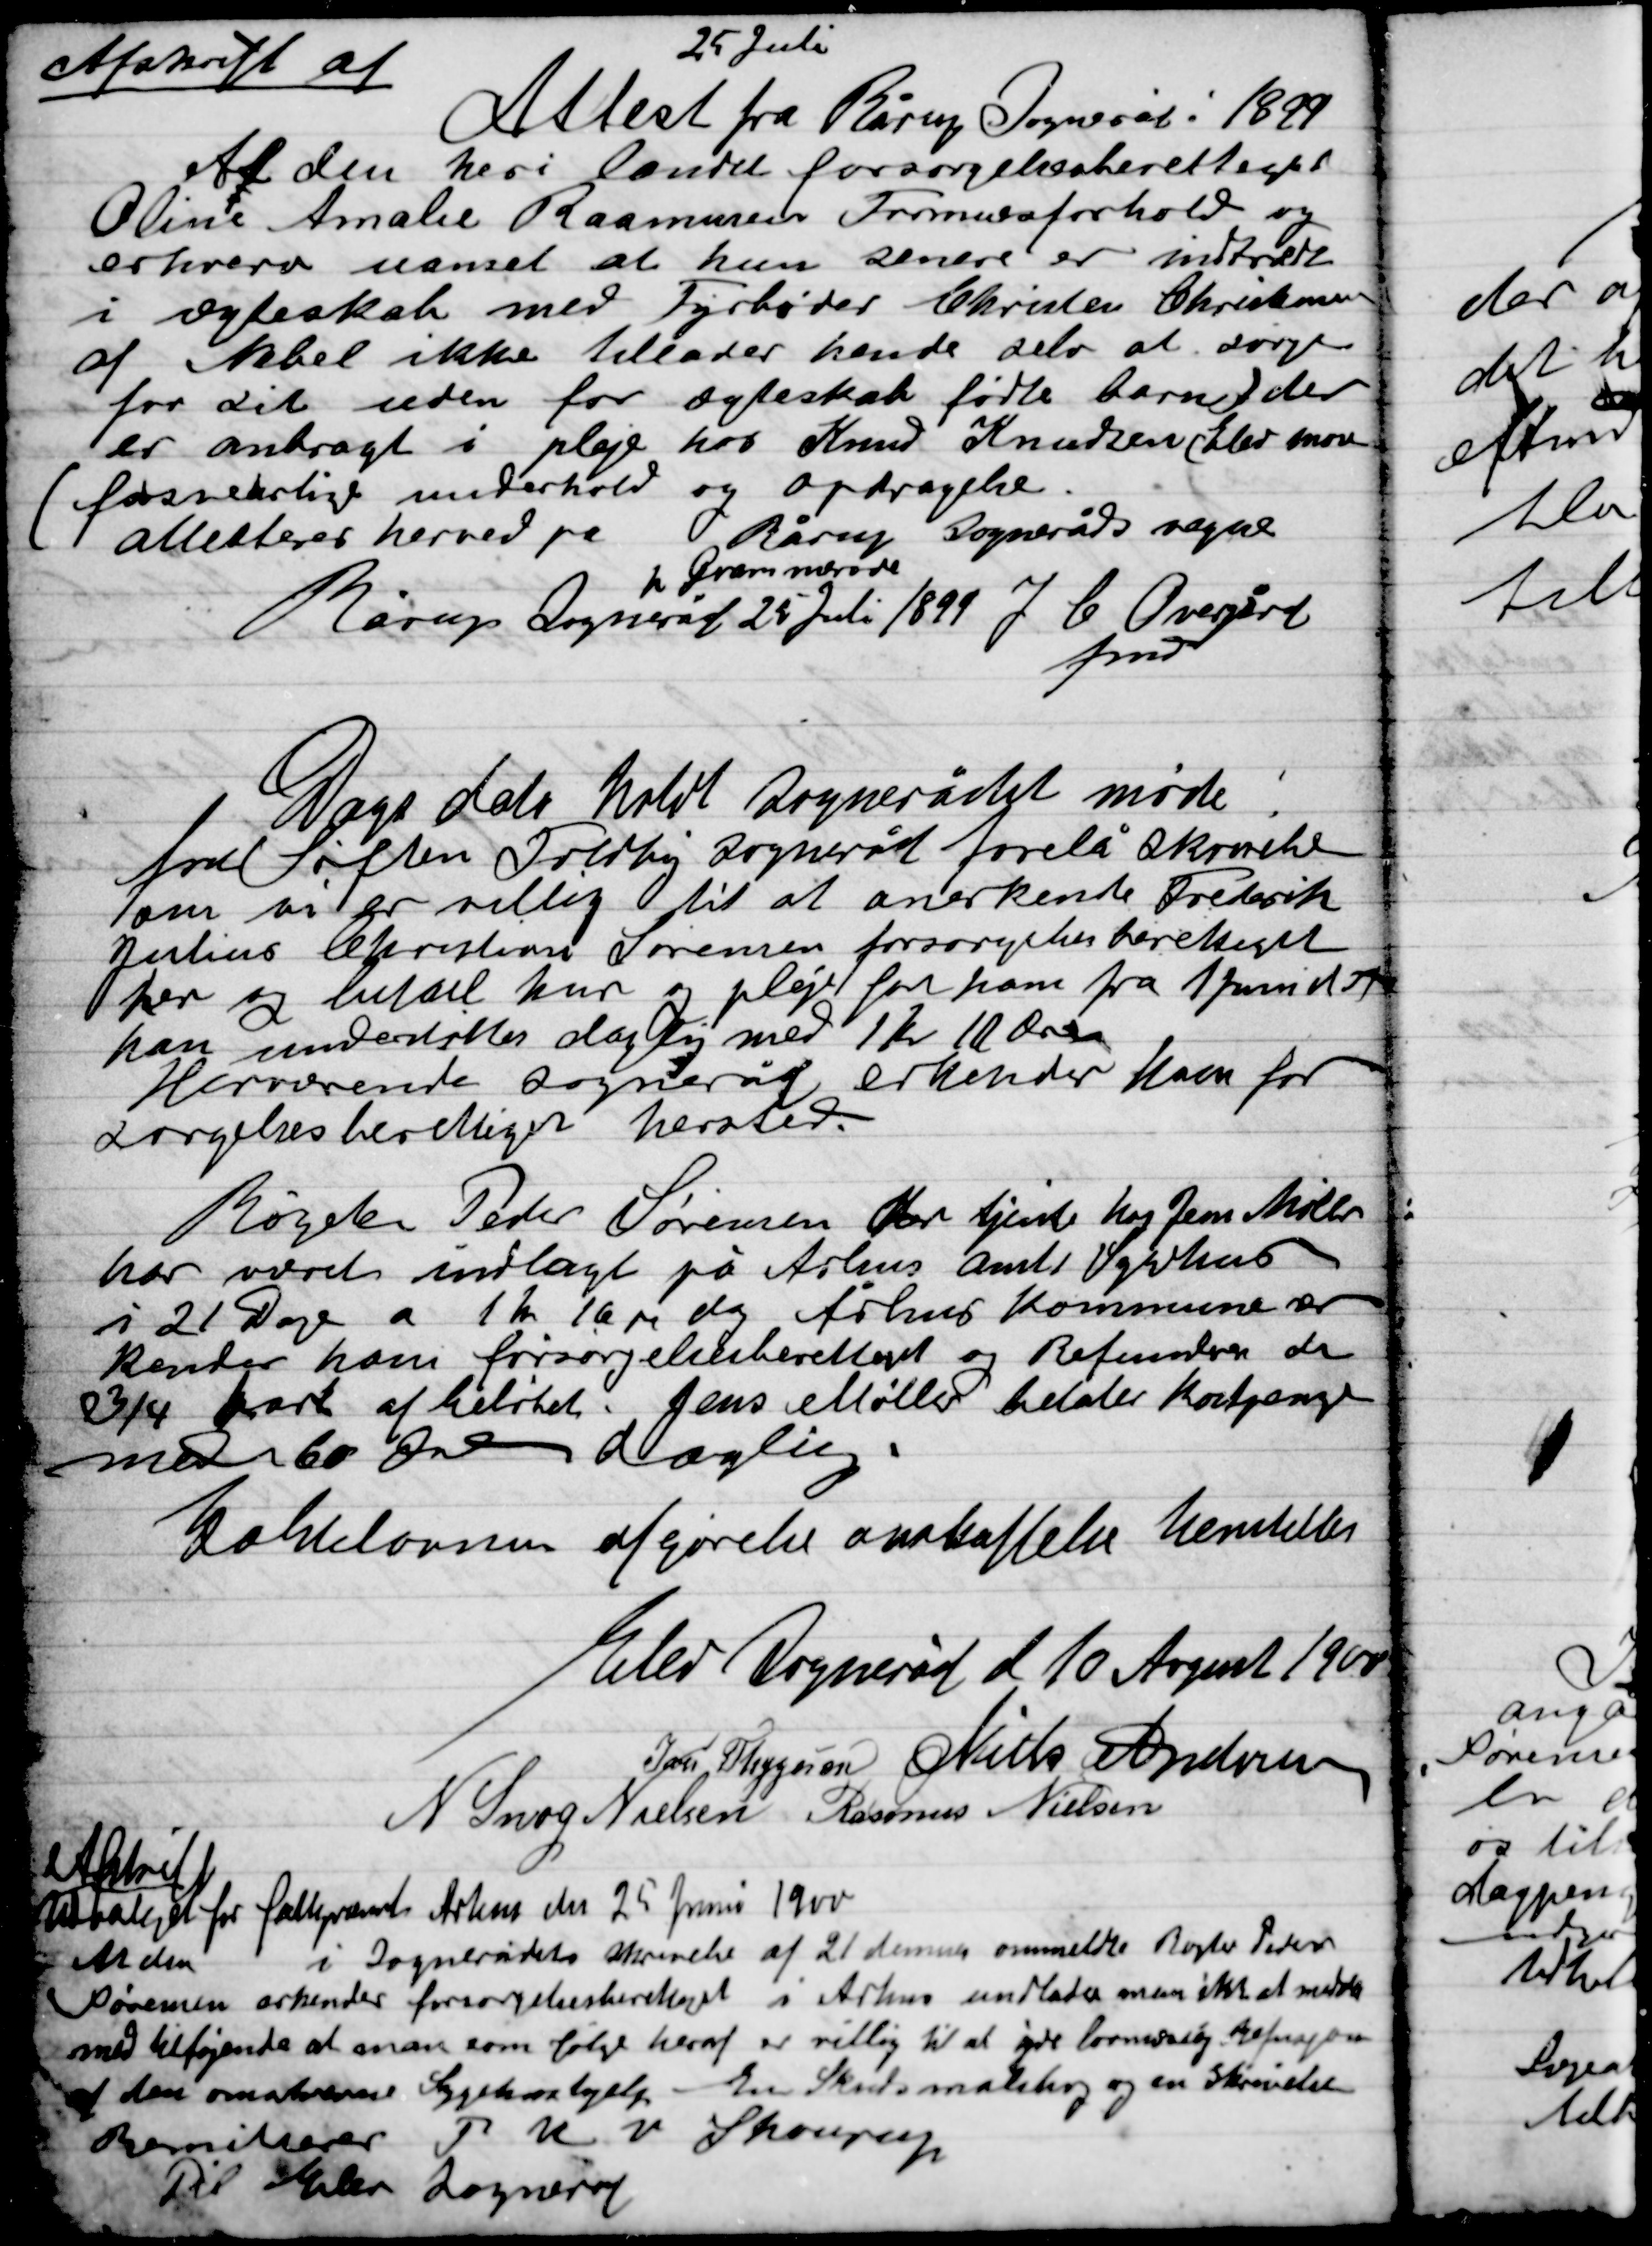
Transskription:
Afskrift af
25 Juli
Attest fra Rårup Sogneråd 1899
af den heri landet forsørgelsesberettiget
Oline Amalie Rasmussens Formueforhold og
erhverv uanset at hun senere er indtrådt
i ægteskab med Fyrbøder Christen Christensen
af Nebel ikke tillader hende selv at sørge
for sit uden for ægteskab fødte barn der
er anbragt i pleje hos Knud Knudsen Elev mere
(forskellige underhold og opdragelse.
Attesteres herved pr Rårup Sogneråds vegne
H Grønnerod
Rårup Sogneråd 25 Juli 1899 J. C. Overgård
Fmd

Dags dato holdt Sognerådet møde
for Søften Fodby Sogneråd forelå skrivelse
om vi er villig til at anerkende Frederik
Julius Christian Sørensen forsørgelsesberettiget
her og betale kur og pleje for ham fra 1 April d. A.
han understøttes daglig med 1 Kr. 10 Øre
Herværende Sogneråd erkender ham for-
sørgelsesberettiget herved.

Røgter Peder Sørensen der tjente hos Jens Møller
har været indlagt på Århus Amts Lægehus
i 21 Dage af 1 Kr. 10 øre pr, dag Århus Kommune er-
kender ham forsørgelsesberettiget og Refunderer de
¾ part af beløbet. Jens Møller betaler kostpenge
med 60 Øre daglig.
Kakkelovenen afgørelse anskaffelse kendelse

Elev sogneråd d 10 August 1900

Ivar Thygesen
Niels Nielsen
N. Snog Nielsen
Rasmus Nielsen

Afskrift
Udbetalt for fattiggården Århus den 25 Juni 1900
At den i Sognerådets skrivelse af 21 dennes ommeldte Røgter Peder
Sørensen erkendes forsørgelsesberettiget i Århus undlader man ikke at sende
med tilføjende at man som følge heraf er villig til at give lovmæssig Refusion
af den omhandlende Sygehjælp. En Skudsmålsbog og en Skrivelse
Remiterer P.U.V. Skourup
Det ærede Sogneråd